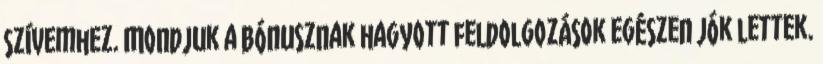
szívemhez. Mondjuk a bónusznak hagyott feldolgozások egészen jók lettek.